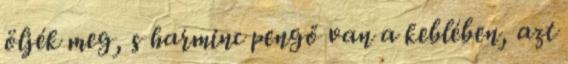
öljék meg, s harminc pengő van a keblében, azt